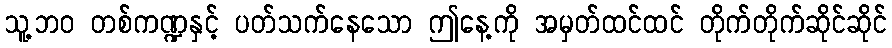
သူ့ဘဝ တစ်ကဏ္ဍနှင့် ပတ်သက်နေသော ဤနေ့ကို အမှတ်ထင်ထင် တိုက်တိုက်ဆိုင်ဆိုင်